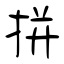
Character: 拼